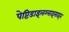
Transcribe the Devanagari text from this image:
पेप्टिडाइलग्लाइसाइन